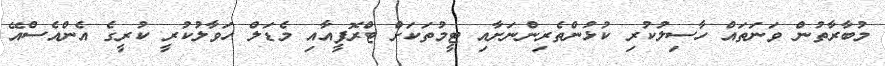
މުބާރާތުން ވަނަތައް ހާސިލުކުރި ކުޅުންތެރިންނަށާއި ޓީމުތަކަށް ޓްރޮފީއާއި މެޑަލް ހަވާލުކުރީ ކުރީގެ އެންއެސްއޭ